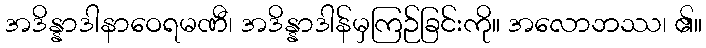
အဒိန္နာဒါနာဝေရမဏီ၊ အဒိန္နာဒါန်မှကြဉ်ခြင်းကို။ အလောဘဿ၊ ၏။